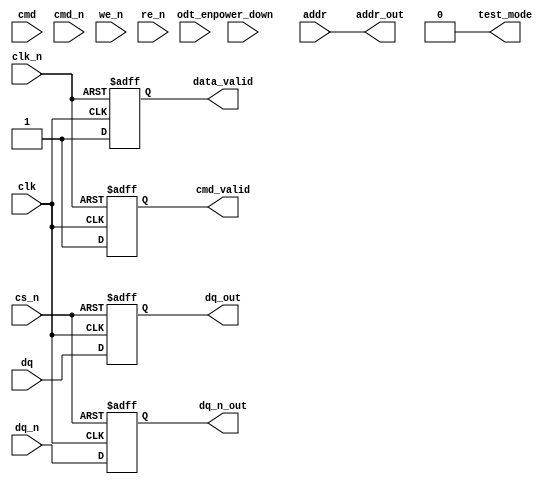
module lpddr2_io_block (
    input wire clk,           // System clock
    input wire clk_n,         // Inverted clock
    input wire [DQ_WIDTH-1:0] dq,     // Data lines
    input wire [DQ_WIDTH-1:0] dq_n,   // Complementary data lines
    input wire [CMD_WIDTH-1:0] cmd,   // Command lines
    input wire [CMD_WIDTH-1:0] cmd_n, // Complementary command lines
    input wire [ADDR_WIDTH-1:0] addr, // Address lines
    input wire cs_n,         // Chip select
    input wire we_n,         // Write enable
    input wire re_n,         // Read enable
    output wire [DQ_WIDTH-1:0] dq_out, // Output data lines
    output wire [DQ_WIDTH-1:0] dq_n_out, // Complementary output data lines
    output wire data_valid,   // Data valid signal
    output wire [ADDR_WIDTH-1:0] addr_out, // Address output
    output wire cmd_valid,     // Command valid signal
    input wire odt_en,        // On-die termination enable
    input wire power_down,    // Power down mode
    output wire test_mode      // Test mode signal
);

parameter DQ_WIDTH = 16;  // Number of data lines
parameter CMD_WIDTH = 6;   // Number of command lines
parameter ADDR_WIDTH = 16;  // Number of address lines

// Internal signals
reg [DQ_WIDTH-1:0] dq_buf;       // Buffer for output data
reg [DQ_WIDTH-1:0] dq_n_buf;     // Buffer for complementary output data
reg data_valid_reg;               // Data valid register
reg cmd_valid_reg;                // Command valid register

// I/O Buffer Design
// Input Buffers
always @(posedge clk or negedge cs_n) begin
    if (!cs_n) begin
        dq_buf <= 0;
        dq_n_buf <= 0;
    end else begin
        dq_buf <= dq;
        dq_n_buf <= dq_n;
    end
end

// Output Buffers
assign dq_out = dq_buf;
assign dq_n_out = dq_n_buf;

// Signal Conditioning
// Termination logic (simplified)
wire odt_active = odt_en && !power_down;

// Timing Control
assign data_valid = data_valid_reg;
assign cmd_valid = cmd_valid_reg;

// Clock Management (Sample on both edges)
always @(posedge clk or negedge clk_n) begin
    if (!clk_n) begin
        data_valid_reg <= 0;
        cmd_valid_reg <= 0;
    end else begin
        data_valid_reg <= 1; // Indicate data is valid on clk
        cmd_valid_reg <= 1;  // Indicate command is valid on clk
    end
end

// Power Management
always @(posedge clk or negedge power_down) begin
    if (!power_down) begin
        // Implement low power state logic
    end
end

// Configuration and Control
// Control logic for drive strength, termination settings
// Placeholder for configuration logic

// Error Detection and Correction (simplified)
wire error_detected; // Placeholder for error detection logic

// Interface Signals
assign addr_out = addr; // Passing through address lines

// Testing and Debugging Features
assign test_mode = 1'b0; // Placeholder for test mode logic

endmodule